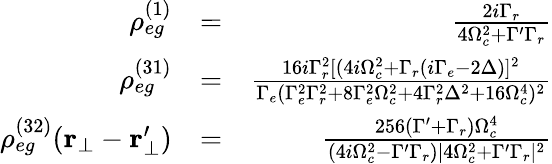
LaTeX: \begin{array}{rlr}{\rho_{eg}^{(1)}}&{=}&{\frac{2i\Gamma_{r}}{4\Omega_{c}^{2}+\Gamma^{\prime}\Gamma_{r}}}\\ {\rho_{eg}^{(31)}}&{=}&{\frac{16i\Gamma_{r}^{2}[(4i\Omega_{c}^{2}+\Gamma_{r}(i\Gamma_{e}-2\Delta)]^{2}}{\Gamma_{e}(\Gamma_{e}^{2}\Gamma_{r}^{2}+8\Gamma_{e}^{2}\Omega_{c}^{2}+4\Gamma_{r}^{2}\Delta^{2}+16\Omega_{c}^{4})^{2}}}\\ {\rho_{eg}^{(32)}(\mathbf{r_{\bot}}-\mathbf{r_{\bot}^{\prime}})}&{=}&{\frac{256(\Gamma^{\prime}+\Gamma_{r})\Omega_{c}^{4}}{(4i\Omega_{c}^{2}-\Gamma^{\prime}\Gamma_{r})|4\Omega_{c}^{2}+\Gamma^{\prime}\Gamma_{r}|^{2}}}\end{array}